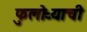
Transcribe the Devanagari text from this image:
फुलोऱ्याची